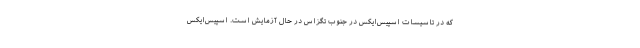
که در تاسیسات اسپیس‌ایکس در جنوب تگزاس در حال آزمایش است. اسپیس‌ایکس